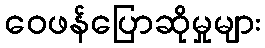
ဝေဖန်ပြောဆိုမှုများ